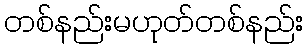
တစ်နည်းမဟုတ်တစ်နည်း